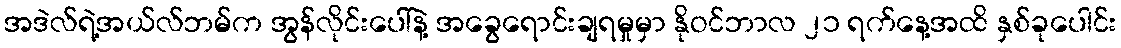
အဒဲလ်ရဲ့အယ်လ်ဘမ်က အွန်လိုင်းပေါ်နဲ့ အခွေရောင်းချရမှုမှာ နိုဝင်ဘာလ ၂၁ ရက်နေ့အထိ နှစ်ခုပေါင်း